Code of medical and sanitary regulations for the guidance of medical officers serving in the Madras Presidency - Volume I
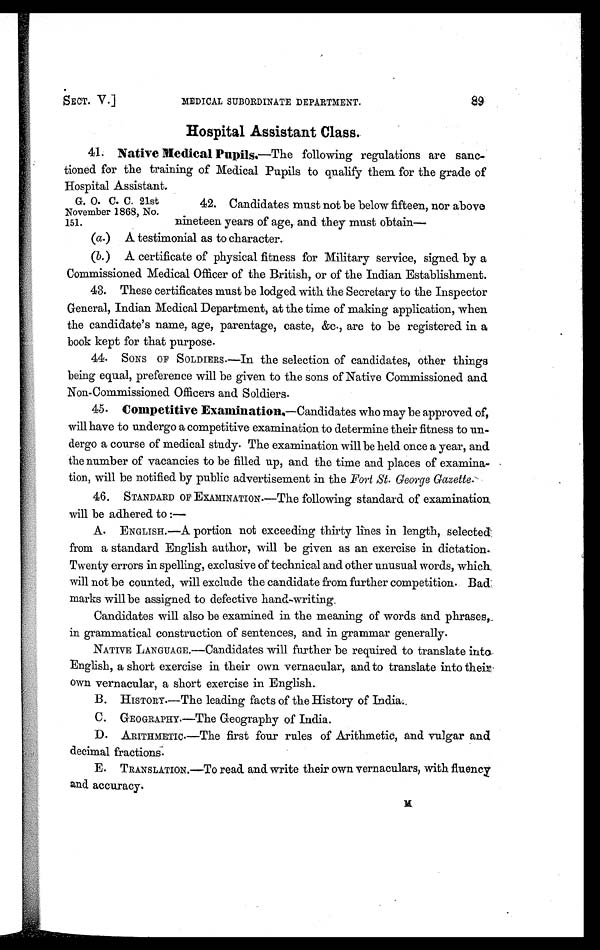
SECT. V.]
MEDICAL SUBORDINATE DEPARTMENT.
89
Hospital Assistant Class.
41. Native Medical Pupils.—The following regulations are sanc-
tioned for the training of Medical Pupils to qualify them for the grade of
Hospital Assistant.
G. 0. C. C. 21st
42. Candidates must not be below fifteen, nor above
November 1868, No.
151.
nineteen years of age, and they must obtain—
(a.)
A testimonial as to character.
(b.)
A certificate of physical fitness for Military service, signed by a
Commissioned Medical Officer of the British, or of the Indian Establishment.
43. These certificates must be lodged with the Secretary to the Inspector
General, Indian Medical Department, at the time of making application, when
the candidate's name, age, parentage, caste, &c., are to be registered in a
book kept for that purpose.
44.
SONS OF SOLDIERS.—In the selection of candidates, other things
being equal, preference will be given to the sons of Native Commissioned and
Non-Commissioned Officers and Soldiers.
45. Competitive Examination.—Candidates who may be approved of,
will have to undergo a competitive examination to determine their fitness to un-
dergo a course of medical study. The examination will be held once a year, and
the number of vacancies to be filled up, and the time and places of examina-
tion, will be notified by public advertisement in the Fort St. George Gazette.
46.
STANDARD OF EXAMINATION.—The following standard of examination
will be adhered to :—
A.
ENGLISH.—A portion not exceeding thirty lines in length, selected
from a standard English author, will be given as an exercise in dictation.
Twenty errors in spelling, exclusive of technical and other unusual words, which
will not be counted, will exclude the candidate from further competition. Bad
marks will be assigned to defective hand-writing.
Candidates will also be examined in the meaning of words and phrases,
in grammatical construction of sentences, and in grammar generally.
NATIVE LANGUAGE.—Candidates will further be required to translate into
English, a short exercise in their own vernacular, and to translate into their
own vernacular, a short exercise in English.
B. HISTORY.—The leading facts of the History of India.
C.
GEOGRAPHY.—The Geography of India.
D. ARITHMETIC.—The first four rules of Arithmetic, and vulgar and
decimal fractions.
E.
TRANSLATION.—To read and write their own vernaculars, with fluency
and accuracy.